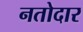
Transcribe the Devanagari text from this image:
नतोदार